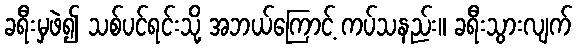
ခရီးမှဖဲ၍ သစ်ပင်ရင်းသို့ အဘယ်ကြောင့် ကပ်သနည်း။ ခရီးသွားလျက်